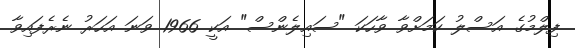
ފިލްމުގެ އަސްލު ކަމަށްވާ ވާހަކަ "ސައިލެންސް" އަކީ 1966 ވަނަ އަހަރު ނެރެފައިވާ